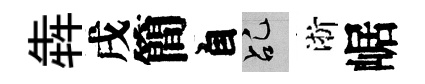
犇戌簡自乩淅崌